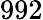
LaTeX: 992